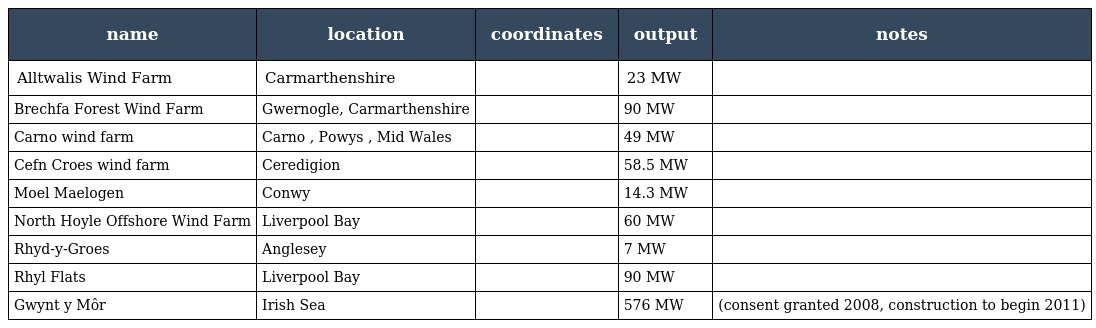
| name | location | coordinates | output | notes |
 | --- | --- | --- | --- | --- |
 | Alltwalis Wind Farm | Carmarthenshire |  | 23 MW |  |
 | Brechfa Forest Wind Farm | Gwernogle, Carmarthenshire |  | 90 MW |  |
 | Carno wind farm | Carno , Powys , Mid Wales |  | 49 MW |  |
 | Cefn Croes wind farm | Ceredigion |  | 58.5 MW |  |
 | Moel Maelogen | Conwy |  | 14.3 MW |  |
 | North Hoyle Offshore Wind Farm | Liverpool Bay |  | 60 MW |  |
 | Rhyd-y-Groes | Anglesey |  | 7 MW |  |
 | Rhyl Flats | Liverpool Bay |  | 90 MW |  |
 | Gwynt y Môr | Irish Sea |  | 576 MW | (consent granted 2008, construction to begin 2011) |